Medical and sanitary report of the native army of Madras for the year
Year: 1876
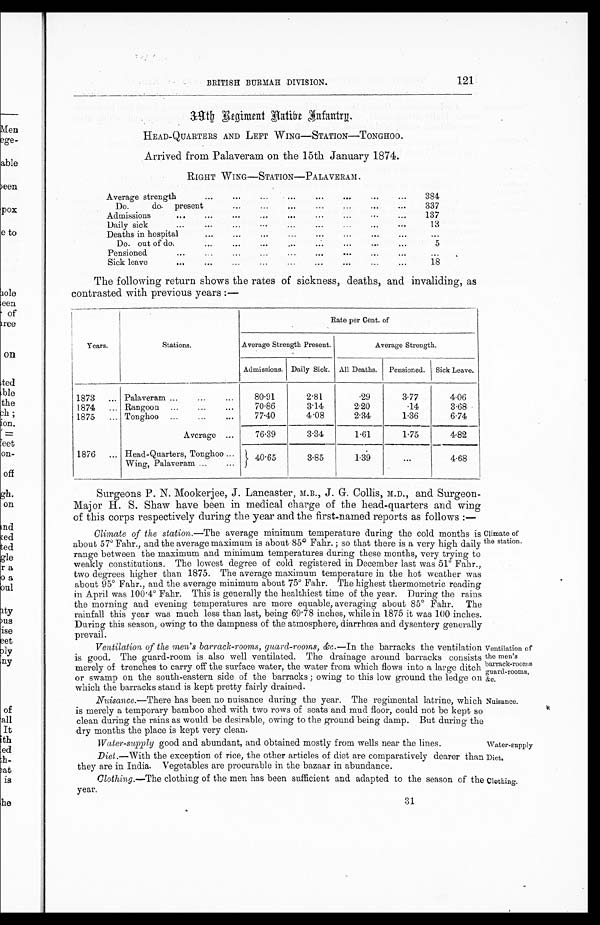
BRITISH BURMAH DIVISION.
121
39th Regiment Aatibe Infantrg.
HEAD-QUARTERS AND LEFT WING—STATION—TONGHOO.
Arrived from Palaveram on the 15th January 1874.
RIGHT WING—STATION—PALAVERAM.
Average strength
...
...
...
. . . ...
. . . ...
...
384
Do .
do. present
...
...
...
...
...
...
...
337
Admissions
. . .
...
...
...
. . .
...
...
. . .
...
137
Daily sick
...
...
...
...
...
...
...
...
...
13
Deaths in hospital
...
...
...
. . .
...
...
...
...
...
Do. out of do.
...
...
. . .
. . .
...
. . .
...
. . .
5
Pensioned
...
. . .
..
. . .
. . .
...
...
. . .
. . .
. . .
Sick leave
. . .
...
...
...
...
...
...
. . .
...
18
The following return shows the rates of sickness, deaths, and invaliding, as
contrasted with previous years :—
Rate per Cent. of
Years.
Stations.
Average Strength Present.
Average Strength.
Admissions. Daily Sick. All Deaths.
Pensioned.
Sick Leave.
1873
... Palaveram ...
...
. . .
80.91
2.81
.29
3.77
4.06
1874
... Rangoon ...
...
...
70.86
3.14
2.20
.14
3.68
1875
... Tonghoo ...
...
...
77.40
4.08
2.34
1.36
6.74
Average ...
76.39
3.34
1.61
1.75
4.82
1876
... Head-Quarters, Tonghoo ...
40.65
3.85
1.39
...
4.68
Wing, Palaveram ...
...
Surgeons P. N. Mookerjee, J. Lancaster, M.B., J. G. Collis, M.D., and Surgeon-
Major H. S. Shaw have been in medical charge of the head-quarters and wing
of this corps respectively during the year and the first-named reports as follows :
—
Climate of the station.— The average minimum temperature during the cold months is
about 57° Fahr., and the average maximum is about 85° Fahr. ; so that there is a very high daily
range between the maximum and minimum temperatures during these months, very trying to
weakly constitutions. The lowest degree of cold registered in December last was 51° Fahr.,
two degrees higher than 1875. The average maximum temperature in the hot weather was
about 95° Fahr., and the average minimum about 75° Fahr. The highest thermometric reading
in April was 100.4° Fahr. This is generally the healthiest time of the year. During the rains
the morning and evening temperatures are more equable, averaging about 85° Fahr. The
rainfall this year was much less than last, being 69.78 inches, while in 1875 it was 100 inches.
During this season, owing to the dampness of the atmosphere, diarrhœa and dysentery generally
prevail.
Ventilation of the men's barrack-rooms, guard-rooms, &c.—In the barracks the ventilation
is good. The guard-room is also well ventilated. The drainage around barracks consists
merely of trenches to carry off the surface water, the water from which flows into a large ditch
or swamp on the south-eastern side of the barracks ; owing to this low ground the ledge on
which the barracks stand is kept pretty fairly drained.
Nuisance. —There has been no nuisance during the year. The regimental latrine, which
is merely a temporary bamboo shed with two rows of seats and mud floor, could not be kept so
clean during the rains as would be desirable, owing to the ground being damp. But during the
dry months the place is kept very clean.
Water-supply good and abundant, and obtained mostly from wells near the lines.
Diet.—With the exception of rice, the other articles of diet are comparatively dearer than
they are in India. Vegetables are procurable in the bazaar in abundance.
Clothing.—The clothing of the men has been sufficient and adapted to the season of the
year.
31
Climate of
the station.
Ventilation of
the men's
barrack-room s
guard-rooms,
&c.
Nuisance.
Water-supply
Diet,
Clothing.